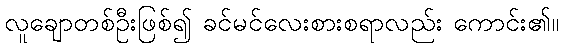
လူချောတစ်ဦးဖြစ်၍ ခင်မင်လေးစားစရာလည်း ကောင်း၏။